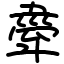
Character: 舝